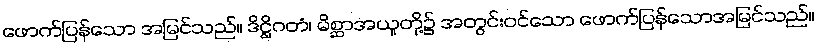
ဖောက်ပြန်သော အမြင်သည်။ ဒိဋ္ဌိဂတံ၊ မိစ္ဆာအယူတို့၌ အတွင်းဝင်သော ဖောက်ပြန်သောအမြင်သည်။